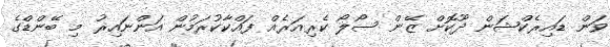
ވަން ޑައިރެކްޝަން ދޫކޮށް ޒޭން ސޯލޯ ކެރިއަރެއް ފައްކާކުރަމުން އަންނައިރު މި ބޭންޑްގެ